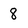
Character: 8